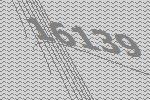
16139